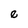
Character: e